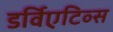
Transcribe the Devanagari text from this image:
डर्विएटिव्स